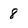
Character: 8